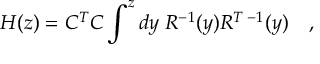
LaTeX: H ( z ) = C ^ { T } C \int ^ { z } d y \; R ^ { - 1 } ( y ) R ^ { T \; - 1 } ( y ) \quad ,